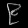
Digit: ၉